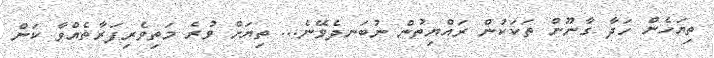
ތިޔަހެން ހަދާ ގާނޫން ތަަކަކުން ރައްޔިތުން ނުބަނދެވޭނެ... ތިޔަށް ވުރެ މަތިވެރިފަރާތެއްވާ ކަން